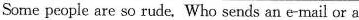
Some people are so rude, Who sends an e-mail or a